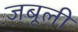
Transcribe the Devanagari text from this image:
जबूली